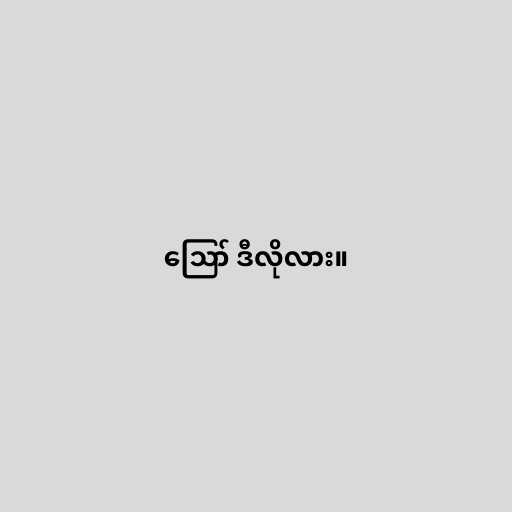
ဪ ဒီလိုလား။